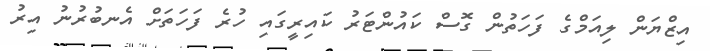
އިޒްޔަން ލިއަމްގެ ފަހަތުން ގޮސް ކައުންޓަރު ކައިރީގައި ހުރެ ފަހަތަށް އެނބުރުނު އިރު